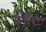
સારૂ